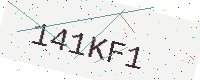
Text: 141KF1